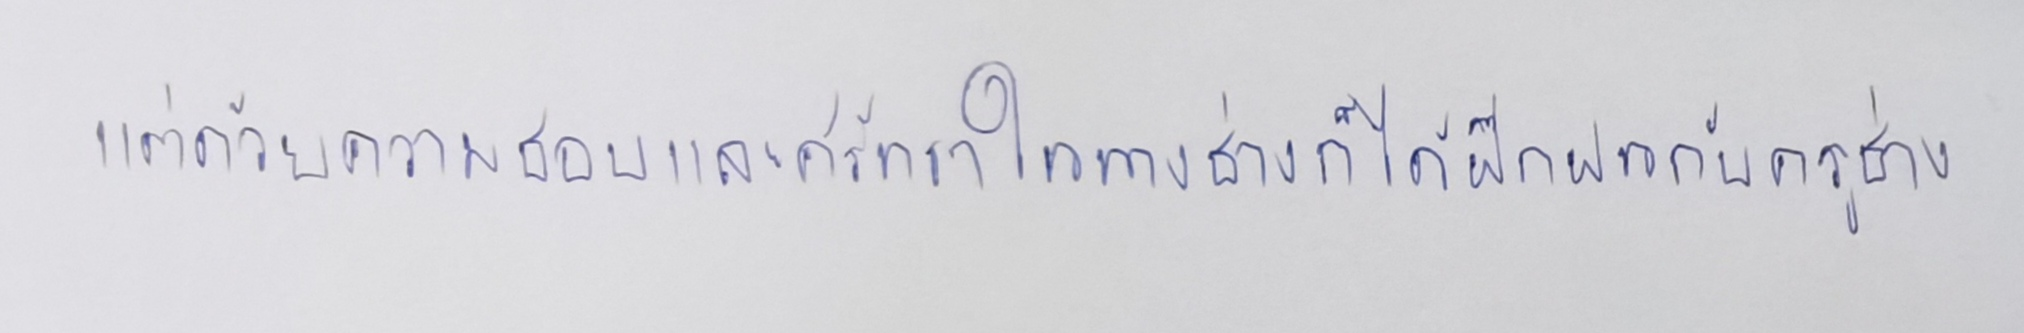
แต่ด้วยความชอบและศรัทธาในทางช่างก็ได้ฝึกฝนกับครูช่าง